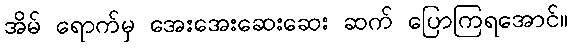
အိမ် ရောက်မှ အေးအေးဆေးဆေး ဆက် ပြောကြရအောင်။